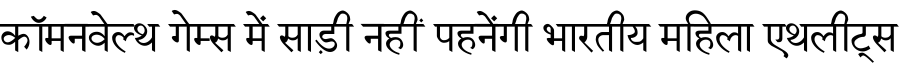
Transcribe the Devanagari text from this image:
कॉमनवेल्थ गेम्स में साड़ी नहीं पहनेंगी भारतीय महिला एथलीट्स